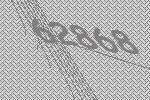
62868